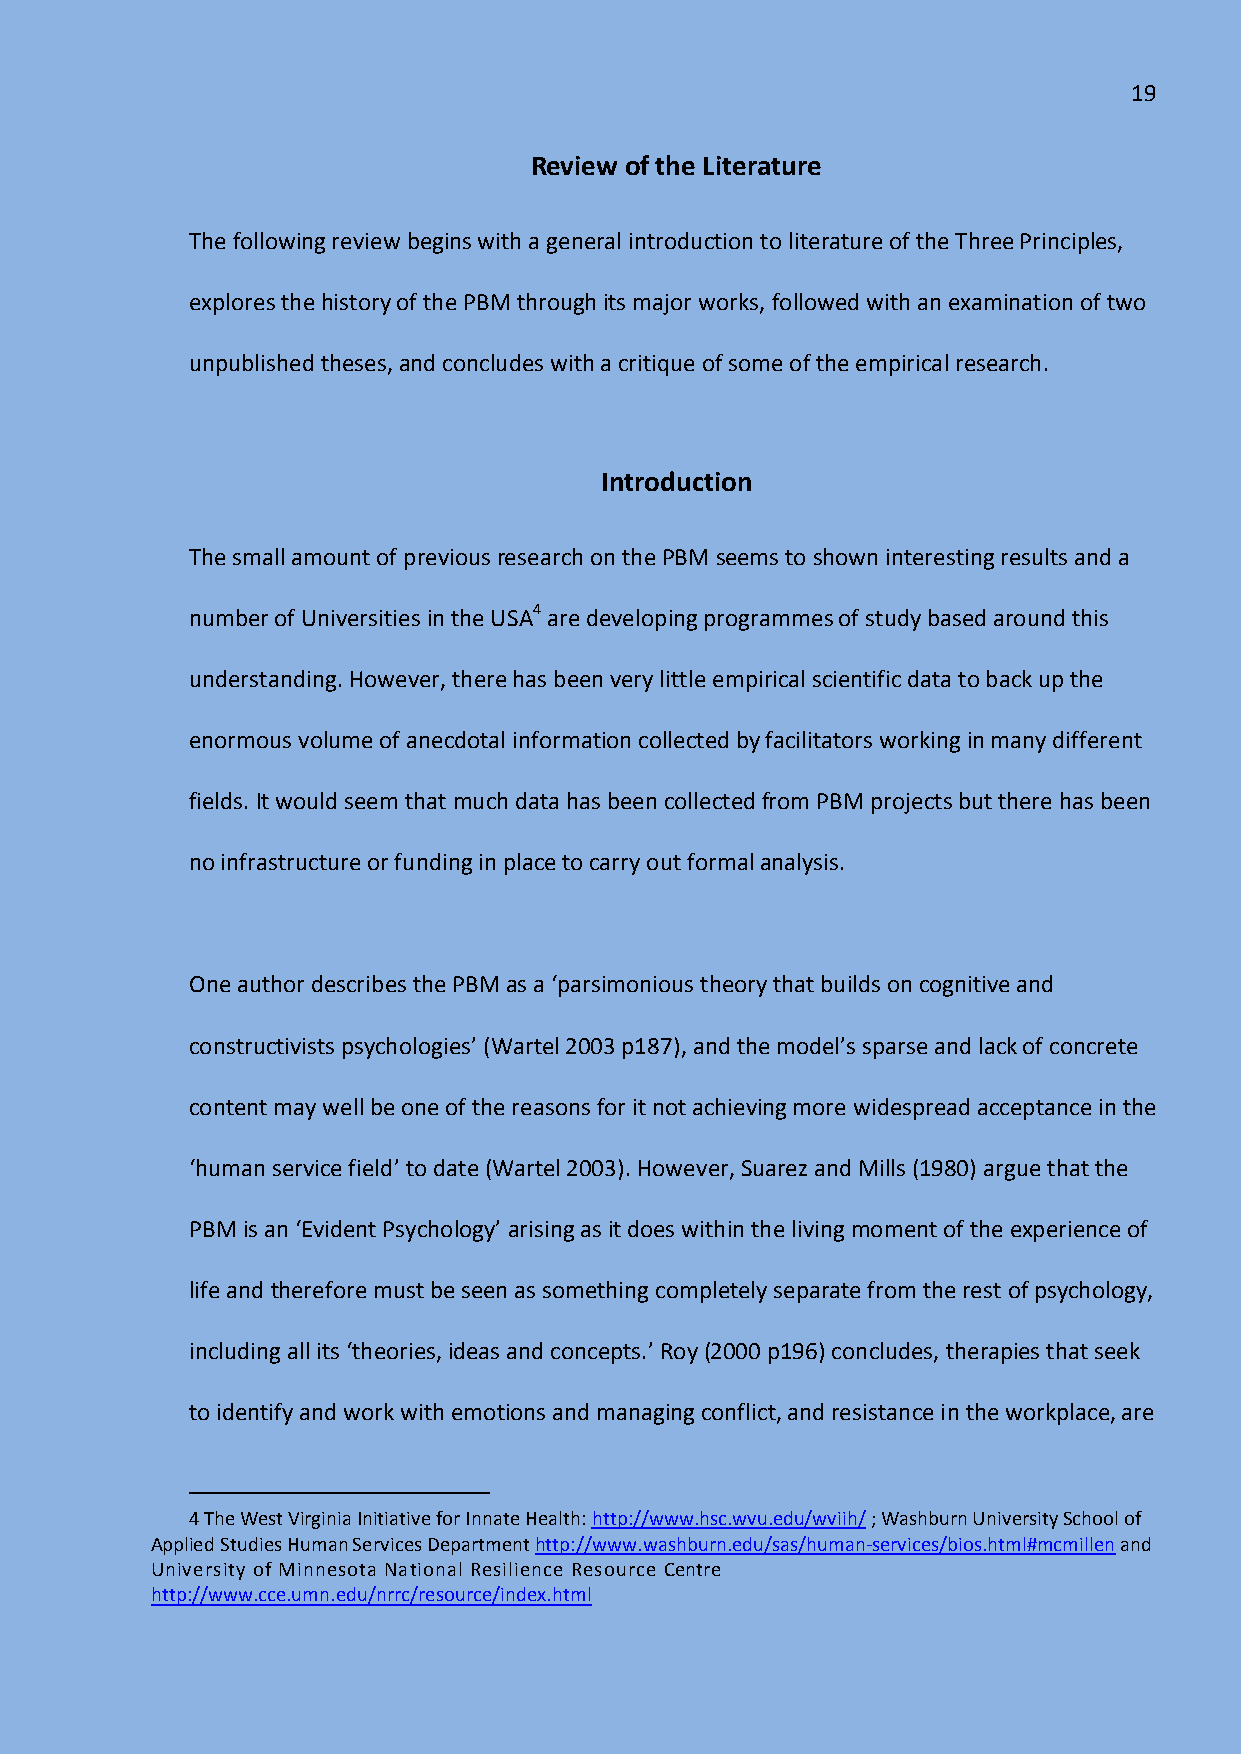
19
 Review of the Literature
 The following review begins with a general introduction to literature of the Three Principles,
 explores the history of the PBM through its major works, followed with an examination of two
 unpublished theses, and concludes with a critique of some of the empirical research.
 Introduction
 The small amount of previous research on the PBM seems to shown interesting results and a
 number of Universities in the USA4 are developing programmes of study based around this
 understanding. However, there has been very little empirical scientific data to back up the
 enormous volume of anecdotal information collected by facilitators working in many different
 fields. It would seem that much data has been collected from PBM projects but there has been
 no infrastructure or funding in place to carry out formal analysis.
 One author describes the PBM as a ‘parsimonious theory that builds on cognitive and
 constructivists psychologies’ (Wartel 2003 p187), and the model’s sparse and lack of concrete
 content may well be one of the reasons for it not achieving more widespread acceptance in the
 ‘human service field’ to date (Wartel 2003). However, Suarez and Mills (1980) argue that the
 PBM is an ‘Evident Psychology’ arising as it does within the living moment of the experience of
 life and therefore must be seen as something completely separate from the rest of psychology,
 including all its ‘theories, ideas and concepts.’ Roy (2000 p196) concludes, therapies that seek
 to identify and work with emotions and managing conflict, and resistance in the workplace, are
 4 The West Virginia Initiative for Innate Health: http://www.hsc.wvu.edu/wviih/ ; Washburn University School of
 Applied Studies Human Services Department http://www.washburn.edu/sas/human-services/bios.html#mcmillen and
 University of Minnesota National Resilience Resource Centre
 http://www.cce.umn.edu/nrrc/resource/index.html